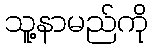
သူ့နာမည်ကို